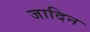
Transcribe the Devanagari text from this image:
जादिन